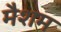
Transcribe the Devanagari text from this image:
मैशम